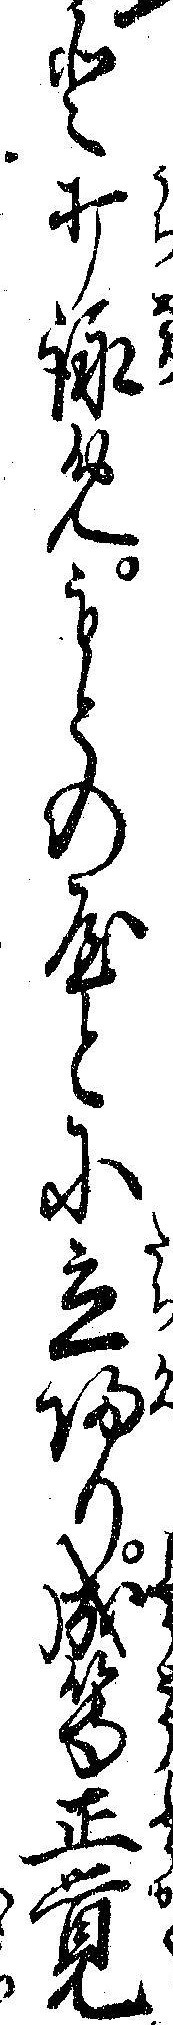
と打詠めもとのやとに立帰り成等正覚